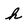
Character: h